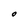
Character: O